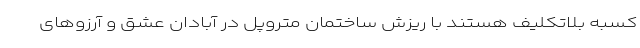
کسبه بلاتکلیف هستند با ریزش ساختمان متروپل در آبادان عشق و آرزوهای